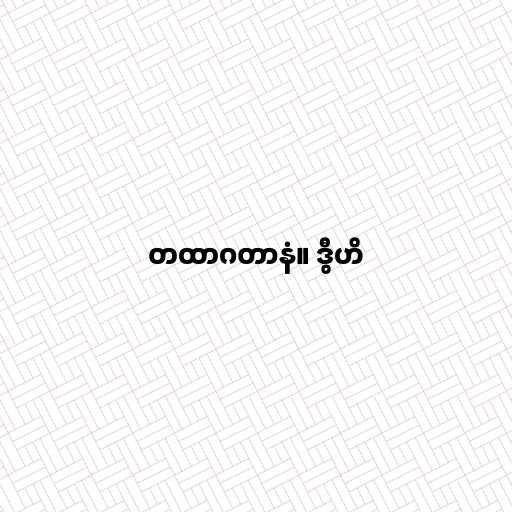
တထာဂတာနံ။ ဒွီဟိ